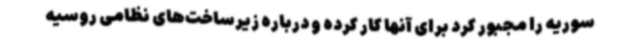
سوریه را مجبور کرد برای آنها کار کرده و درباره زیرساخت‌های نظامی روسیه